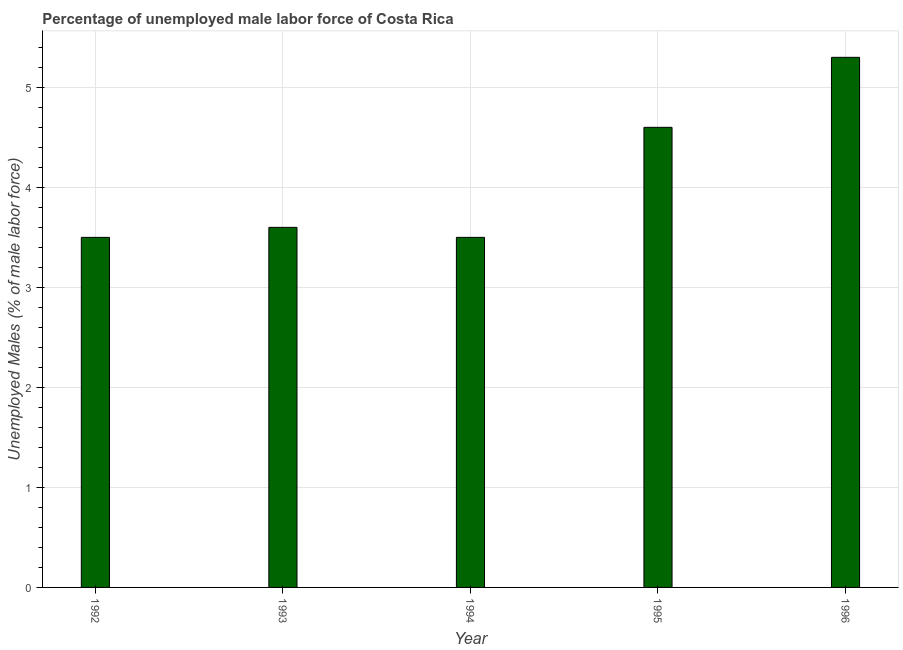
| Year | Unemployment male |
 | --- | --- |
 | 1992 | 3.5 |
 | 1993 | 3.6 |
 | 1994 | 3.5 |
 | 1995 | 4.6 |
 | 1996 | 5.3 |